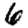
Digit: 6